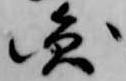
円